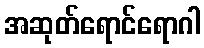
အဆုတ်ရောင်ရောဂါ